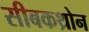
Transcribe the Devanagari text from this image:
सीबकथ्रोन